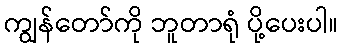
ကျွန်တော်ကို ဘူတာရုံ ပို့ပေးပါ။